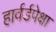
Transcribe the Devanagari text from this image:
हार्वर्डपेक्षा